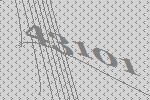
43101